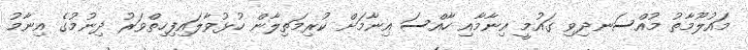
މައުލޫމާތު މުއްސަނދިވި ގައުމީ އިނާމާއި ހާއްސަ އިނާމަށް ކުރިމަތިލާން ހުޅުވާލައިފިހިތްވަރު ދިނުމުގެ އިނާމު